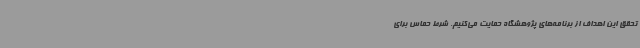
تحقق این اهداف از برنامه‌های پژوهشگاه حمایت می‌کنیم. شرط حماس برای